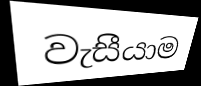
වැසීයාම